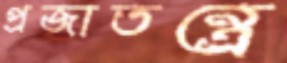
প্রজাতন্ত্রে